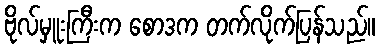
ဗိုလ်မှူးကြီးက စောဒက တက်လိုက်ပြန်သည်။